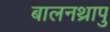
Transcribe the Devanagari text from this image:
बालनथ्रापु